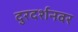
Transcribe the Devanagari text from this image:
दुरदर्शनवर